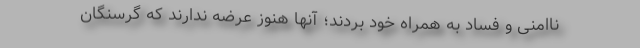
ناامنی و فساد به همراه خود بردند؛ آنها هنوز عُرضه ندارند که گرسنگان